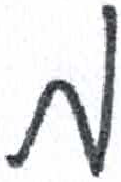
אות: מ